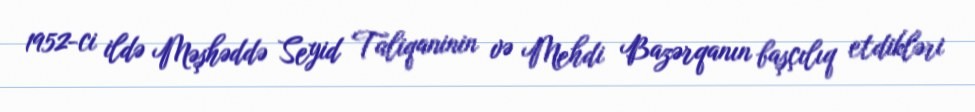
1952-ci ildə Məşhəddə Seyid Taliqaninin və Mehdi Bazərqanın başçılıq etdikləri